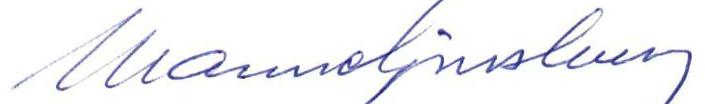
Manne Ginsburg